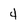
Character: 4